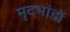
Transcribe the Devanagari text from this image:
मृदभांडों